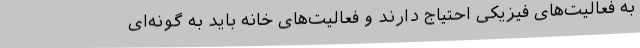
به فعالیت‌های فیزیکی احتیاج دارند و فعالیت‌های خانه باید به گونه‌ای